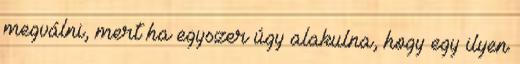
megválni, mert ha egyszer úgy alakulna, hogy egy ilyen